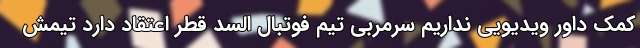
کمک داور ویدیویی نداریم سرمربی تیم فوتبال السد قطر اعتقاد دارد تیمش